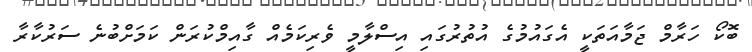
ބޮކޯ ހަރާމް ޖަމާއަތަކީ އެގައުމުގެ އުތުރުގައި އިސްލާމީ ވެރިކަމެއް ގާއިމްކުރަން ކަމަށްބުނެ ސަރުކާރާ